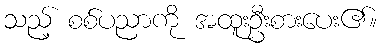
သည့် စစ်ပညာကို အထူးဦးစားပေး၏။